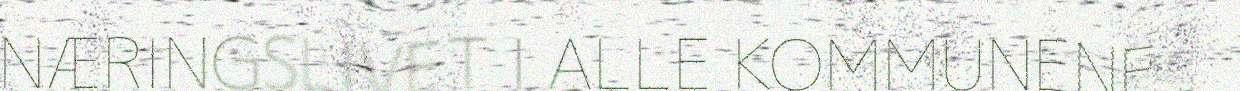
NÆRINGSLIVET I ALLE KOMMUNENE